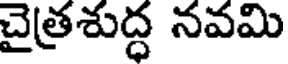
చైత్రశుద్ధ నవమి